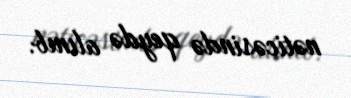
nəticəsində qeydə alınıb.